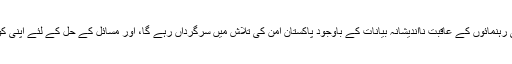
ان کا کہنا تھا کہ بھارتی رہنمائوں کے عاقبت نااندیشانہ بیانات کے باوجود پاکستان امن کی تلاش میں سرگرداں رہے گا، اور مسائل کے حل کے لئے اپنی کوششیں جاری رکھے گا۔